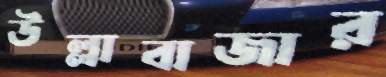
উল্লাবাজার